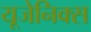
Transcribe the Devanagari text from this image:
यूजेनिक्स